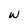
Character: w